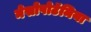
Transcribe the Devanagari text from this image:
मेसोपोटॅमिया